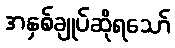
အနှစ်ချုပ်ဆိုရသော်